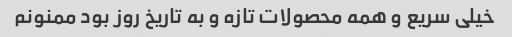
خیلی سریع و همه محصولات تازه و به تاریخ روز بود ممنونم